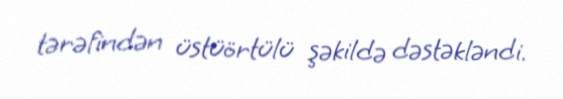
tərəfindən üstüörtülü şəkildə dəstəkləndi.